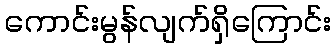
ကောင်းမွန်လျက်ရှိကြောင်း